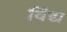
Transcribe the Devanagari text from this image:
विंद्य